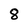
Character: 8